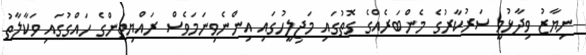
ނިޔާޒު ވިދާޅުވީ ސަރުކާރުގެ މެންބަރެއްގެ ގޮތުގައި މަޖިލީހުގައި އިންނެވިނަމަވެސް ރައްޔިތުންގެ ހައްގުގައި ވަކާލާތު